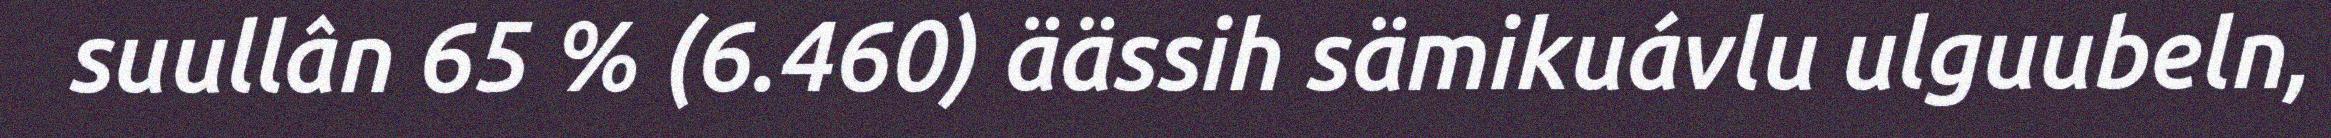
suullân 65 % (6.460) äässih sämikuávlu ulguubeln,